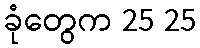
ခုံတွေက 25 25